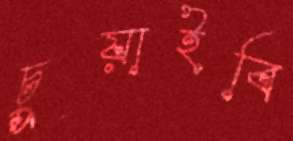
চুয়াইবি